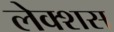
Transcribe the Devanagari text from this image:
लेक्शस